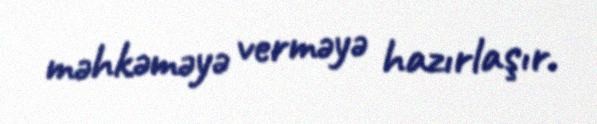
məhkəməyə verməyə hazırlaşır.